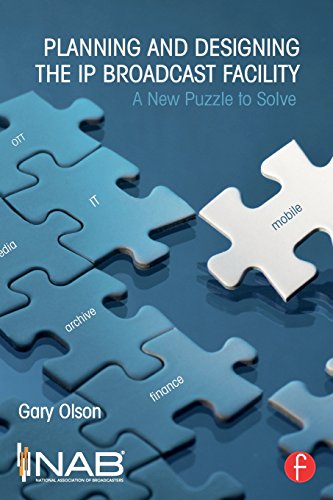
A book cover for Planning and Designing the IP Broadcast Facility: A New Puzzle to Solve; Gary Olson; Crafts, Hobbies & Home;